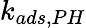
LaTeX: k_{ads,PH}